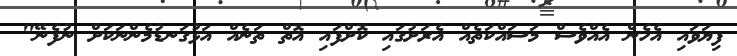
ފިޔަވައި އެހެން އެއްވެސް މަސައްކަތެއް އެރަށުގައި ކޮށްފައި އޮތް ތަނެއް އަޅުގަނޑުމެންނަކަށް ނުފެނޭ"